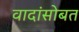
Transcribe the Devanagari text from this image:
वादांसोबत